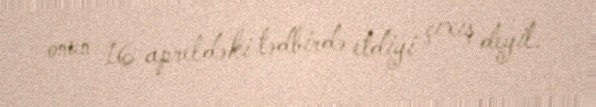
onun 16 apreldəki tədbirdə etdiyi çıxış deyil.